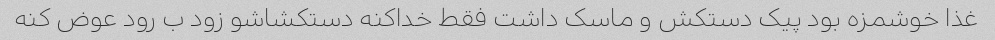
غذا خوشمزه بود پیک دستکش و ماسک داشت فقط خداکنه دستکشاشو زود ب رود عوض کنه